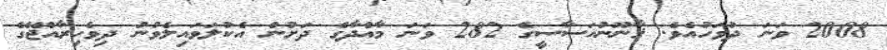
2008 ވަނަ ދުވަހުއެވެ. ޤާނޫނުއަސާސީގެ 282 ވަނަ މާއްދާގެ ދަށުން އެކުލަވައިލެވުނު ދިވެހިރާއްޖޭގެ